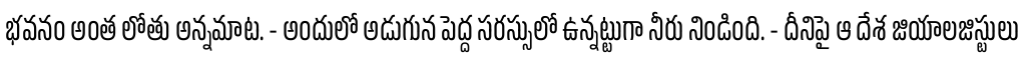
భవనం అంత లోతు అన్నమాట. - అందులో అడుగున పెద్ద సరస్సులో ఉన్నట్టుగా నీరు నిండింది. - దీనిపై ఆ దేశ జియాలజిస్టులు